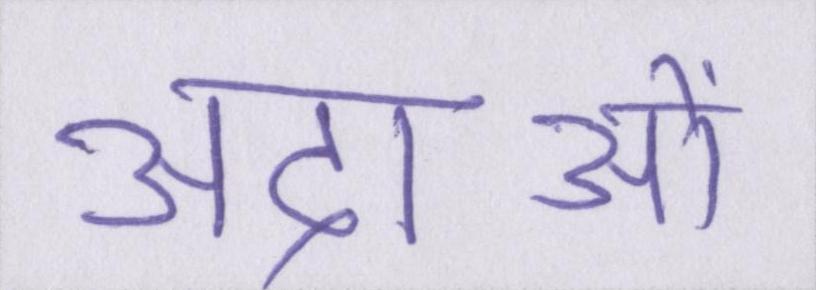
अदाओं